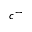
c ^ { - }